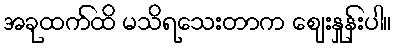
အခုထက်ထိ မသိရသေးတာက ဈေးနှုန်းပါ။